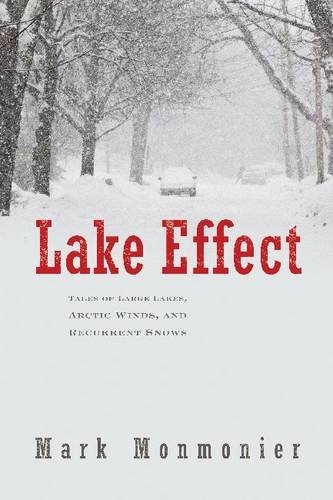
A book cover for Lake Effect: Tales of Large Lakes, Arctic Winds, and Recurrent Snows; Mark Monmonier; History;